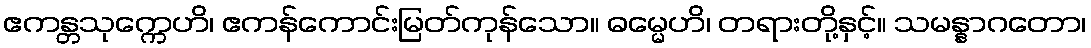
ဧကန္တသုက္ကေဟိ၊ ဧကန်ကောင်းမြတ်ကုန်သော။ ဓမ္မေဟိ၊ တရားတို့နှင့်။ သမန္နာဂတော၊